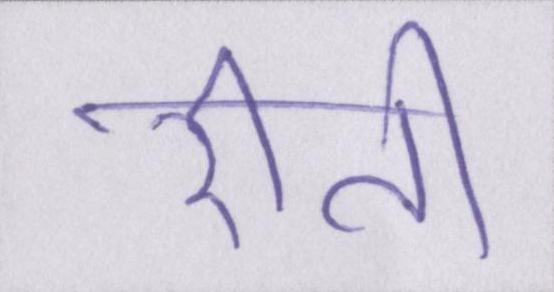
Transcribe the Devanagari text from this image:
रीति